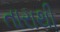
તારાથી